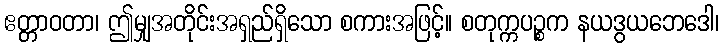
ဧတ္တာဝတာ၊ ဤမျှအတိုင်းအရှည်ရှိသော စကားအဖြင့်။ စတုက္ကပဉ္စက နယဒွယဘေဒေါ၊